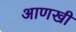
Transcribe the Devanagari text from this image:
अाणखी